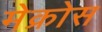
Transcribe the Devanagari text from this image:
मेक्रोस